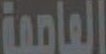
العامية